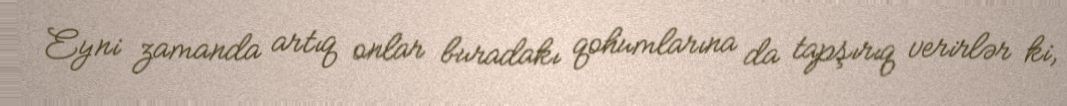
Eyni zamanda artıq onlar buradakı qohumlarına da tapşırıq verirlər ki,